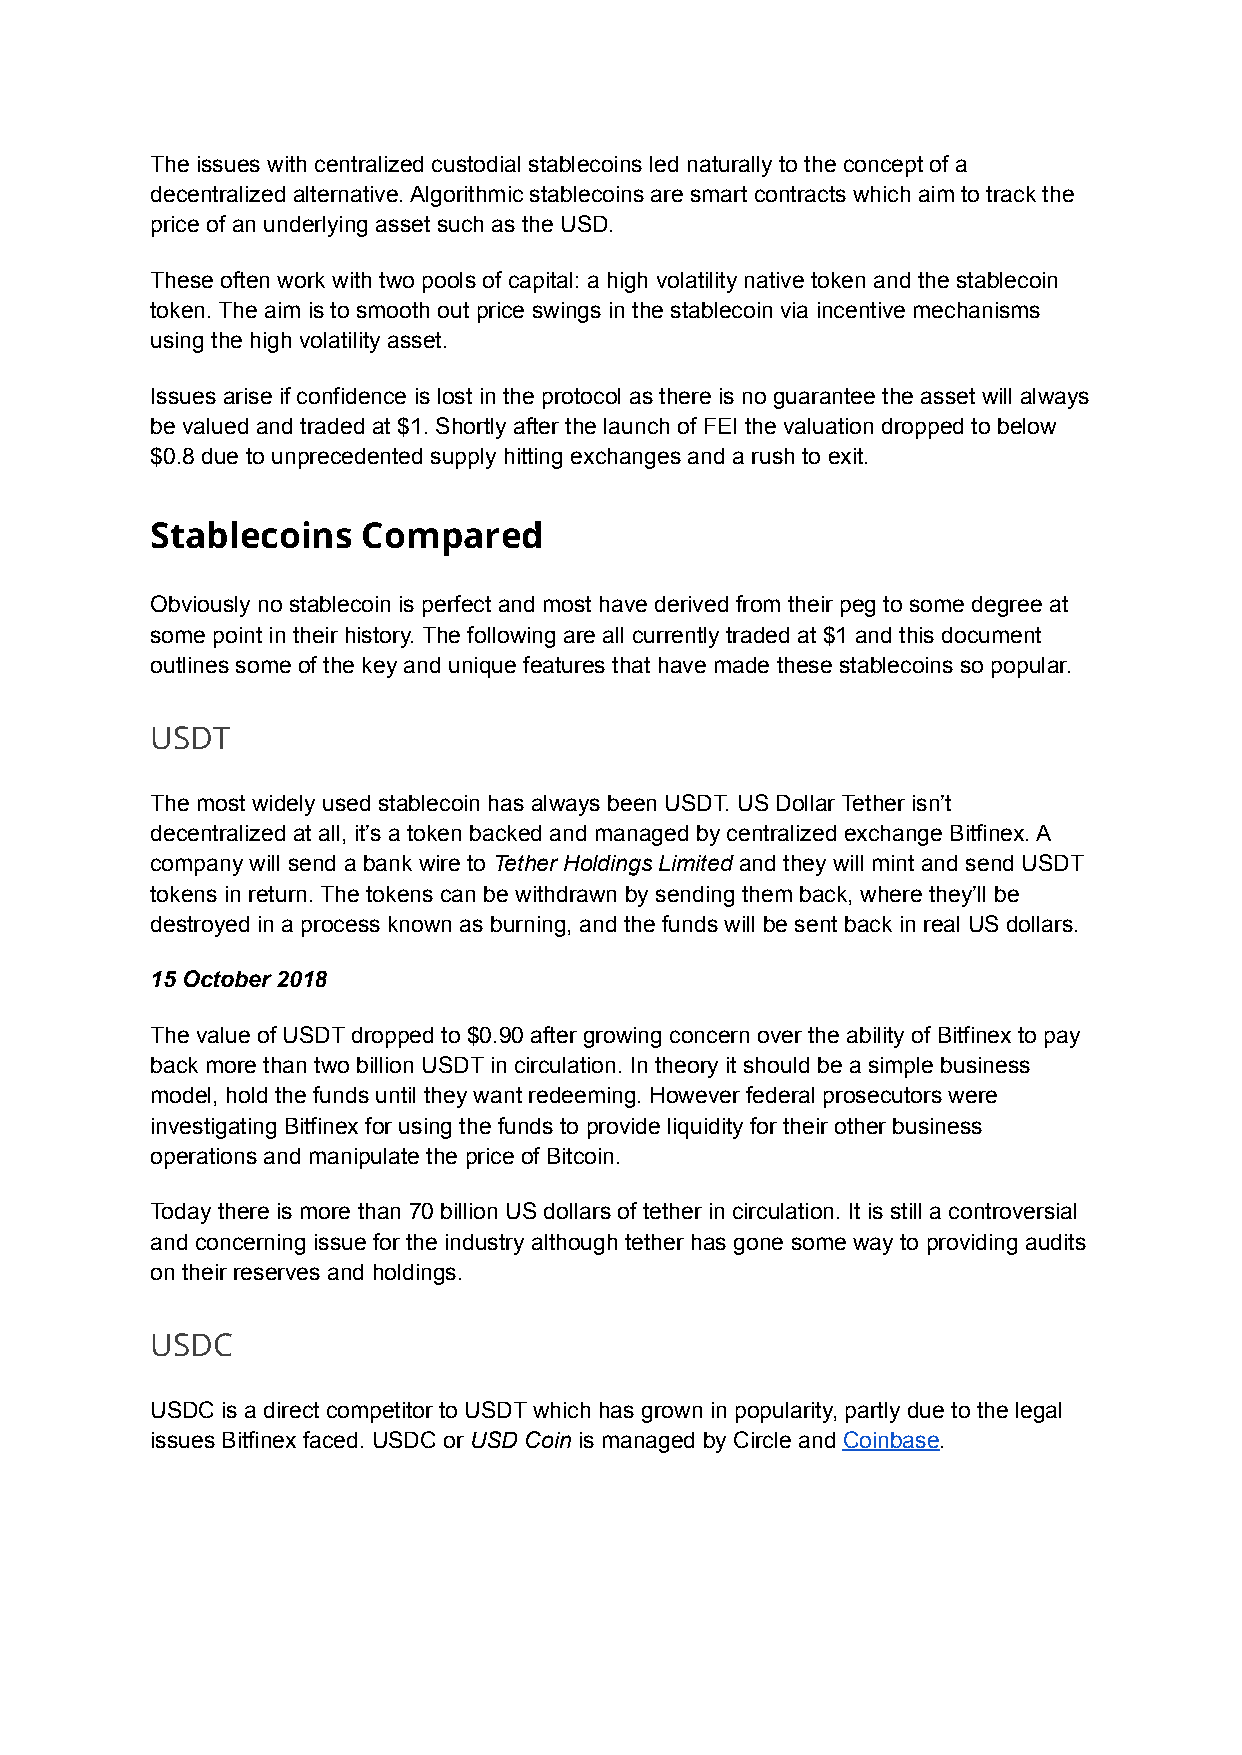
The issues with centralized custodial stablecoins led naturally to the concept of a
 decentralized alternative. Algorithmic stablecoins are smart contracts which aim to track the
 price of an underlying asset such as the USD.
 These often work with two pools of capital: a high volatility native token and the stablecoin
 token. The aim is to smooth out price swings in the stablecoin via incentive mechanisms
 using the high volatility asset.
 Issues arise if confidence is lost in the protocol as there is no guarantee the asset will always
 be valued and traded at $1. Shortly after the launch of FEI the valuation dropped to below
 $0.8 due to unprecedented supply hitting exchanges and a rush to exit.
 Stablecoins   Compared
 Obviously no stablecoin is perfect and most have derived from their peg to some degree at
 some point in their history. The following are all currently traded at $1 and this document
 outlines some of the key and unique features that have made these stablecoins so popular.
 USDT
 The most widely used stablecoin has always been USDT. US Dollar Tether isn’t
 decentralized at all, it’s a token backed and managed by centralized exchange Bitfinex. A
 company will send a bank wire to Tether Holdings Limited and they will mint and send USDT
 tokens in return. The tokens can be withdrawn by sending them back, where they’ll be
 destroyed in a process known as burning, and the funds will be sent back in real US dollars.
 15 October 2018
 The value of USDT dropped to $0.90 after growing concern over the ability of Bitfinex to pay
 back more than two billion USDT in circulation. In theory it should be a simple business
 model, hold the funds until they want redeeming. However federal prosecutors were
 investigating Bitfinex for using the funds to provide liquidity for their other business
 operations and manipulate the price of Bitcoin.
 Today there is more than 70 billion US dollars of tether in circulation. It is still a controversial
 and concerning issue for the industry although tether has gone some way to providing audits
 on their reserves and holdings.
 USDC
 USDC is a direct competitor to USDT which has grown in popularity, partly due to the legal
 issues Bitfinex faced. USDC or USD Coin is managed by Circle and Coinbase.